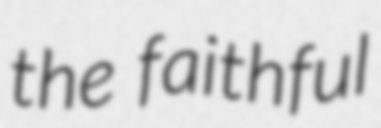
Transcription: the faithful